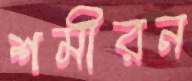
শমীরন